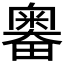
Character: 𰣗